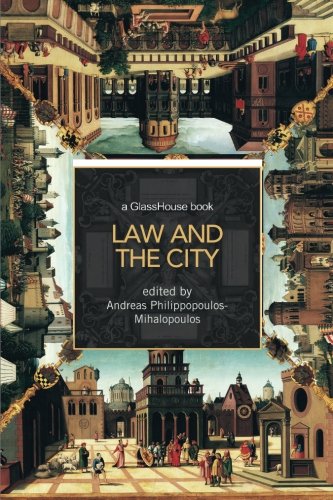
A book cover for Law and the City; Law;